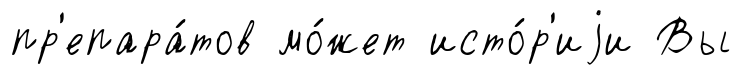
пр'епара́тов мо́жет исто́р'иjи Вы